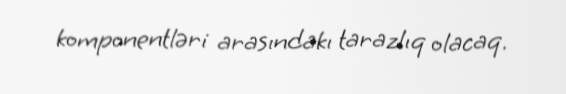
komponentləri arasındakı tarazlıq olacaq.